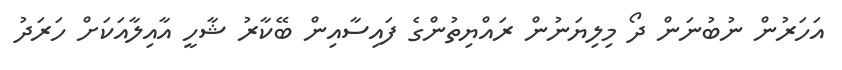
އަހަރުން ނުބުނަން ދޯ މިލިޔަނުން ރައްޔިތުންގެ ފައިސާއިން ބޭކާރު ޝާހީ އާއިލާއަކަށް ހަރަދު